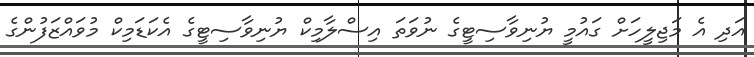
އަދި އެ މަޖިލީހަށް ގައުމީ ޔުނިވާސިޓީގެ ނުވަތަ އިސްލާމިކް ޔުނިވާސިޓީގެ އެކަޑަމިކް މުވައްޒަފުންގެ